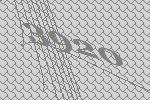
3920